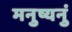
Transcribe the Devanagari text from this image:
मनुष्यनुं